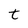
Character: t